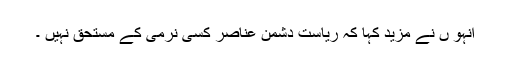
انہو ں نے مزید کہا کہ ریاست دشمن عناصر کسی نرمی کے مستحق نہیں ۔